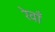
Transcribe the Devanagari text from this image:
रेवाँ